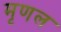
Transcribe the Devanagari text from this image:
मृणल